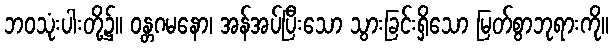
ဘဝသုံးပါးတို့၌။ ဝန္တဂမနော၊ အန်အပ်ပြီးသော သွားခြင်းရှိသော မြတ်စွာဘုရားကို။